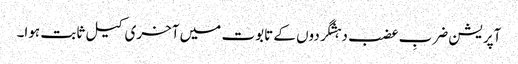
آپریشن ضربِ عضب دہشگردوں کے تابوت میں آخری کیل ثابت ہوا۔